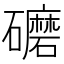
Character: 礳